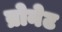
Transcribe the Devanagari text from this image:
ब्रोनेट